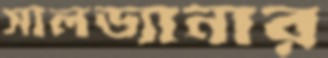
সালড্যানার